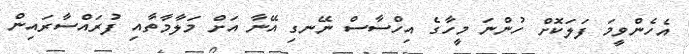
އެހެންވީމަ ފަލަކޮށް ހުންނަ މީހާގެ އިހްސާސް ނޭނގި އޭނާ އަށް މަލާމާތާއި ފުރައްސާރައިން